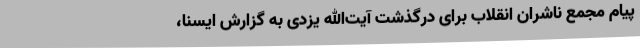
پیام مجمع ناشران انقلاب برای درگذشت آیت‌الله یزدی به گزارش ایسنا،